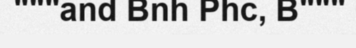
"""and Bnh Phc, B"""